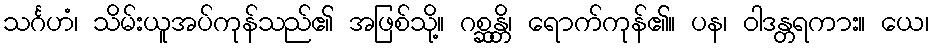
သင်္ဂဟံ၊ သိမ်းယူအပ်ကုန်သည်၏ အဖြစ်သို့။ ဂစ္ဆန္တိ၊ ရောက်ကုန်၏။ ပန၊ ဝါဒန္တရကား။ ယေ၊